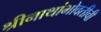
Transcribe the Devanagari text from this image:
श्रीनाथांभोवतीची